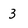
Character: 3